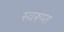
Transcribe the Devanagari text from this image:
स्वरूप्त